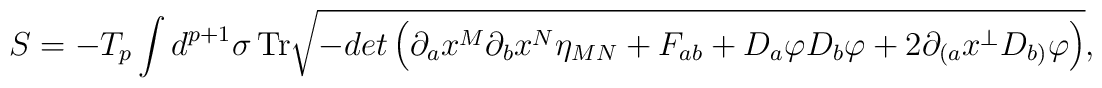
S=- T_p \int d^{p+1}\sigma\,{\rm Tr}\sqrt{-det\left(\partial_ax^M\partial_bx^N\eta_{MN}+ F_{ab}+ D_a\varphi D_b\varphi+2\partial_{(a}x^\bot D_{b)}\varphi\right)},